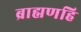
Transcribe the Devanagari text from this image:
ब्राह्मणहि